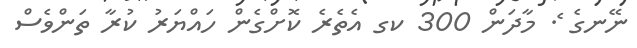
ނޭނގެ ެެެެެެެެެެެެެެެެެެެެެެެެެެެެެެެެެެެެެެެެެެެެެެެެެެެެ. މާދަން 300 ކގ އެތެރެ ކޮށްގެން ހައްޔަރު ކުރާ ތަންވެސް